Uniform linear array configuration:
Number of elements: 8
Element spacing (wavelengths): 1
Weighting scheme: hann
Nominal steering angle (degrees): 15
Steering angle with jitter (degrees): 16.193
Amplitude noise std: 0.05
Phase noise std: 0.05

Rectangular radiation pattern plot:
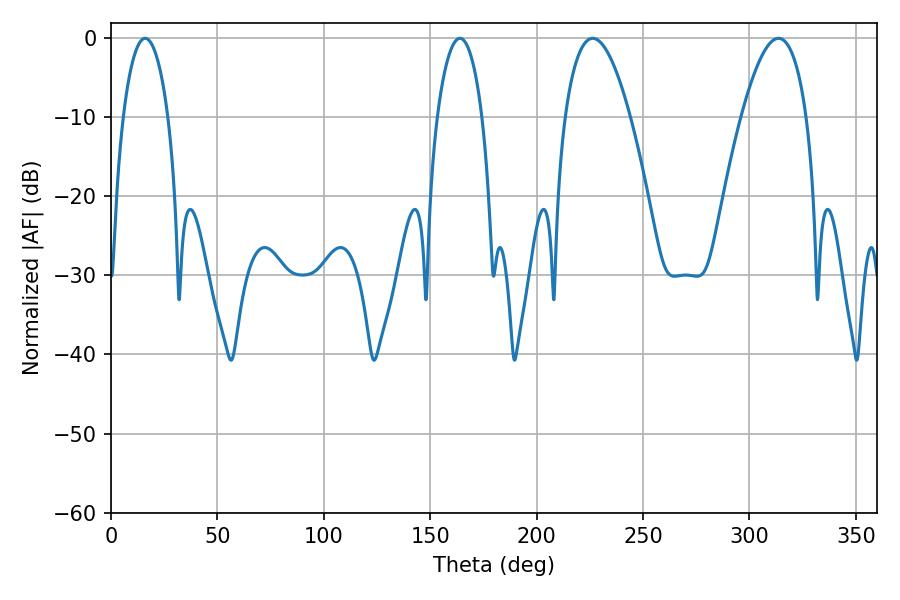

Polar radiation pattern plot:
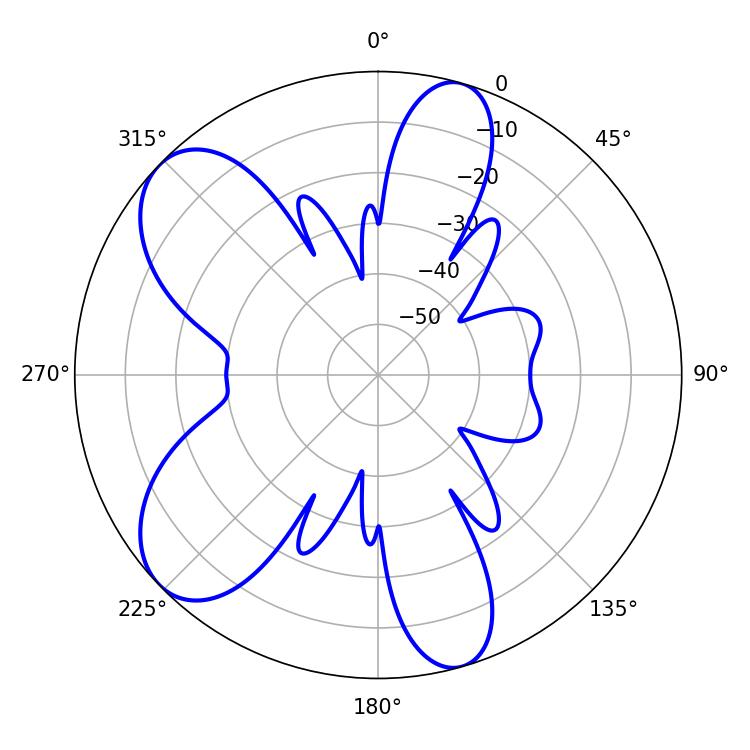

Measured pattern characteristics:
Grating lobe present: TRUE
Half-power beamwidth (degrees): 11.88
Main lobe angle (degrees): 16.02